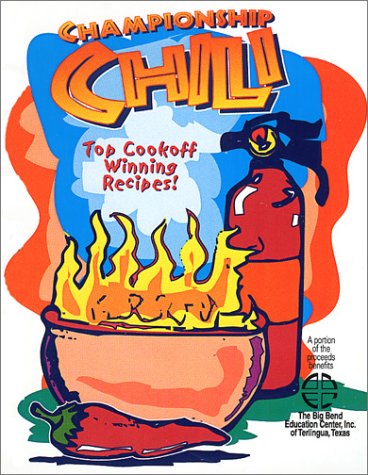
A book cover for Championship Chili: Top Cookoff Winning Recipes; Barry Shlachter; Cookbooks, Food & Wine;